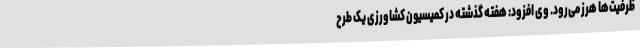
ظرفیت‌ها هرز می‌رود. وی افزود: هفته گذشته در کمیسیون کشاورزی یک طرح